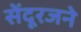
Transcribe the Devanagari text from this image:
सेंदूरजने